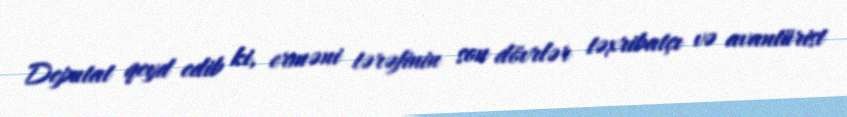
Deputat qeyd edib ki, erməni tərəfinin son dövrlər təxribatçı və avantürist